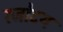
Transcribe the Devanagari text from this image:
रजोदय